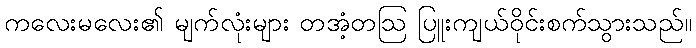
ကလေးမလေး၏ မျက်လုံးများ တအံ့တဩ ပြူးကျယ်ဝိုင်းစက်သွားသည်။